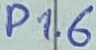
Text: P1.6